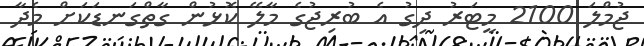
ޖުމްލަ 2100 މީޓަރު ދިގު އެ ބުރިޖުގެ މާލޭ ކޮޅުން ގާތްގަނޑަކަށް މެދާ